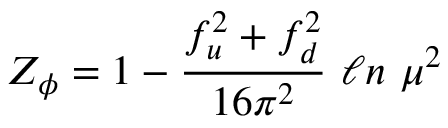
Z _ { \phi } = 1 - { \frac { f _ { u } ^ { 2 } + f _ { d } ^ { 2 } } { 1 6 \pi ^ { 2 } } } \ \ell n \ \mu ^ { 2 }